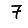
Digit: 7